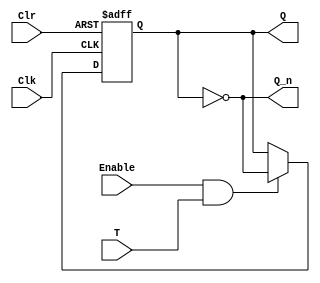
// Flip Flop

// Enable activo alto
// Clr activo bajo

module flip_flop_t(output reg Q, output Q_n, input T, input Clr, Clk, Enable);
	assign Q_n = ~Q;
	initial begin
		Q <= 1'b0;
	end
	always @ (posedge Clk, negedge Clr)
		 if(!Clr) Q <= 1'b0;
		 else if(Enable & T) Q <= ~Q;
		 else Q <= Q;
endmodule